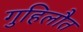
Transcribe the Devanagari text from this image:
गुहिलौत